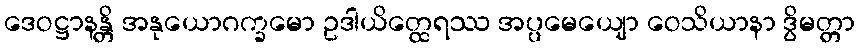
ဒေဝဋ္ဌာနန္တိ အနုယောဂက္ခမော ဥဒါယိတ္ထေရဿ အပ္ပမေယျော ဝေသိယာနာ ဒွိမတ္တာ